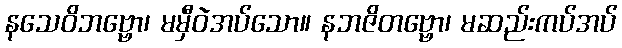
နသေဝိဘဗ္ဗော၊ မမှီဝဲအပ်သော။ နဘဇိတဗ္ဗော၊ မဆည်းကပ်အပ်